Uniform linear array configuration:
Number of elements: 32
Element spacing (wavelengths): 0.25
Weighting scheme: cosine
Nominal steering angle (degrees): -60
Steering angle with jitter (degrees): -60.909
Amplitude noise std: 0.05
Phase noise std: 0.05

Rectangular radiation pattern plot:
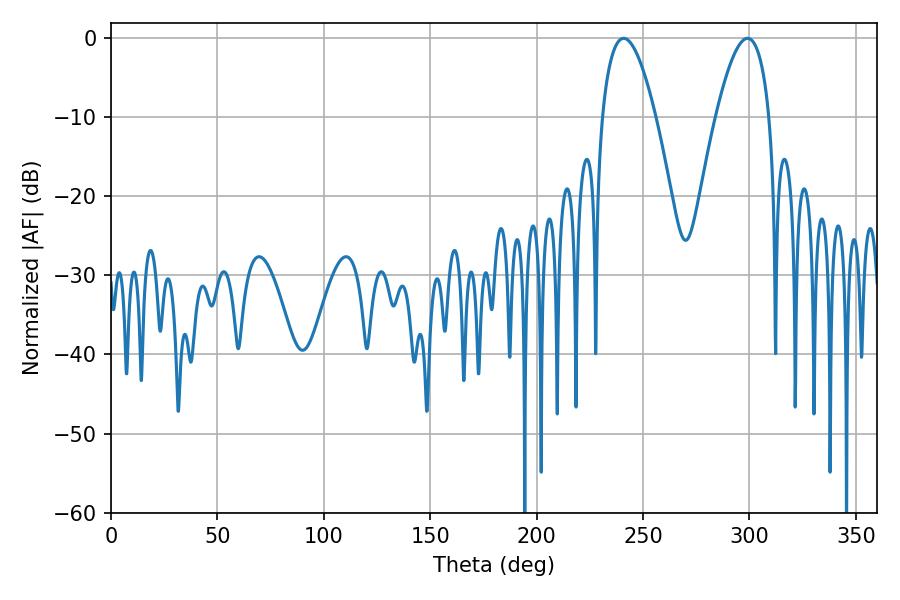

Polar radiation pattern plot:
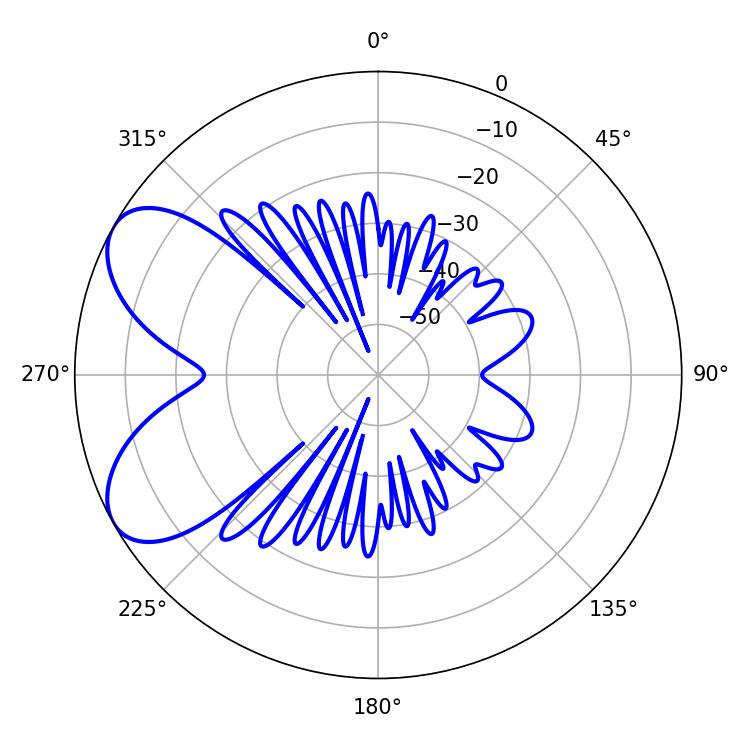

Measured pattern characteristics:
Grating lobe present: FALSE
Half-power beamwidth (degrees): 13.86
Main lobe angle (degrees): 240.84